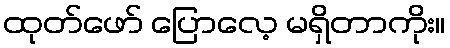
ထုတ်ဖော် ပြောလေ့ မရှိတာကိုး။